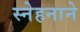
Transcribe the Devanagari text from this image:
स्नेहनाने